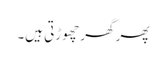
پھر گھر چھوڑتی ہیں۔